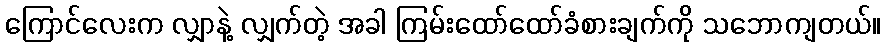
ကြောင်လေးက လျှာနဲ့ လျှက်တဲ့ အခါ ကြမ်းထော်ထော်ခံစားချက်ကို သဘောကျတယ်။